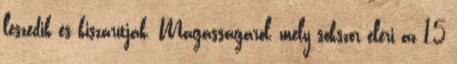
leszedik és kiszárítják. Magasságáról, mely sokszor eléri az 1,5